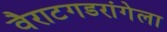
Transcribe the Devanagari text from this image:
वैराटगडरांगेला